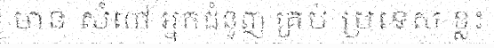
មាន សំពៅ អ្នកជំនួញ គ្រប់ ប្រទេស ខ្លះ